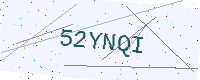
Text: 52YNQI